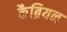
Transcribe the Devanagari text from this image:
कैब्रियन